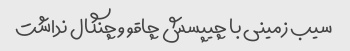
سیب زمینی با چیپسش چاقو و چنگال نداشت